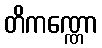
တိကဏ္ဏော